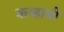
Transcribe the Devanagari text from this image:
कव्हाबी